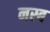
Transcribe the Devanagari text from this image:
नस्ब